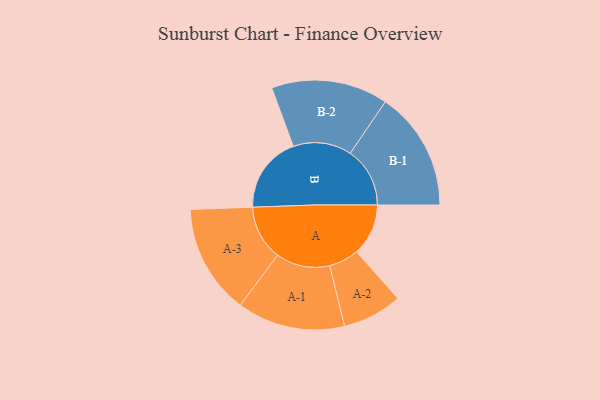
{"axis": {"x": "Segment", "y": "Value"}, "legend": ["", "A", "B"], "data": [{"x": "A", "y": 236, "type": ""}, {"x": "B", "y": 350, "type": ""}, {"x": "A-1", "y": 246, "type": "A"}, {"x": "A-2", "y": 136, "type": "A"}, {"x": "A-3", "y": 250, "type": "A"}, {"x": "B-1", "y": 272, "type": "B"}, {"x": "B-2", "y": 266, "type": "B"}]}